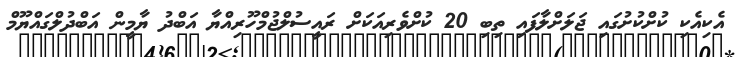
އެކިއެކި ކުށްކުށުގައި ޖަލަށްލާފައި ތިބި 20 ކުށްވެރިއަކަށް ރައީސުލްޖުމްހޫރިއްޔާ އަބްދު ޔާމީން އަބްދުލްގައްޔޫމް